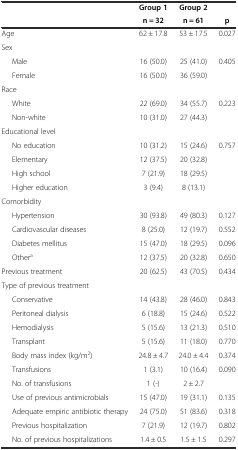
<table><thead><tr><td></td><td><b>Group 1</b></td><td><b>Group 2</b></td><td></td></tr><tr><td></td><td><b>n = 32</b></td><td><b>n = 61</b></td><td><b>p</b></td></tr></thead><tbody><tr><td>Age</td><td>62 ± 17.8</td><td>53 ± 17.5</td><td>0.027</td></tr><tr><td colspan="4">Sex</td></tr><tr><td>Male</td><td>16 (50.0)</td><td>25 (41.0)</td><td>0.405</td></tr><tr><td>Female</td><td>16 (50.0)</td><td>36 (59.0)</td><td></td></tr><tr><td colspan="4">Race</td></tr><tr><td>White</td><td>22 (69.0)</td><td>34 (55.7)</td><td>0.223</td></tr><tr><td>Non-white</td><td>10 (31.0)</td><td>27 (44.3)</td><td></td></tr><tr><td colspan="4">Educational level</td></tr><tr><td>No education</td><td>10 (31.2)</td><td>15 (24.6)</td><td>0.757</td></tr><tr><td>Elementary</td><td>12 (37.5)</td><td>20 (32.8)</td><td></td></tr><tr><td>High school</td><td>7 (21.9)</td><td>18 (29.5)</td><td></td></tr><tr><td>Higher education</td><td>3 (9.4)</td><td>8 (13.1)</td><td></td></tr><tr><td colspan="4">Comorbidity</td></tr><tr><td>Hypertension</td><td>30 (93.8)</td><td>49 (80.3)</td><td>0.127</td></tr><tr><td>Cardiovascular diseases</td><td>8 (25.0)</td><td>12 (19.7)</td><td>0.552</td></tr><tr><td>Diabetes mellitus</td><td>15 (47.0)</td><td>18 (29.5)</td><td>0.096</td></tr><tr><td>Other<sup>a</sup></td><td>12 (37.5)</td><td>20 (32.8)</td><td>0.650</td></tr><tr><td>Previous treatment</td><td>20 (62.5)</td><td>43 (70.5)</td><td>0.434</td></tr><tr><td colspan="4">Type of previous treatment</td></tr><tr><td>Conservative</td><td>14 (43.8)</td><td>28 (46.0)</td><td>0.843</td></tr><tr><td>Peritoneal dialysis</td><td>6 (18.8)</td><td>15 (24.6)</td><td>0.522</td></tr><tr><td>Hemodialysis</td><td>5 (15.6)</td><td>13 (21.3)</td><td>0.510</td></tr><tr><td>Transplant</td><td>5 (15.6)</td><td>11 (18.0)</td><td>0.770</td></tr><tr><td>Body mass index (kg/m<sup>2</sup>)</td><td>24.8 ± 4.7</td><td>24.0 ± 4.4</td><td>0.374</td></tr><tr><td>Transfusions</td><td>1 (3.1)</td><td>10 (16.4)</td><td>0.090</td></tr><tr><td>No. of transfusions</td><td>1 (-)</td><td>2 ± 2.7</td><td></td></tr><tr><td>Use of previous antimicrobials</td><td>15 (47.0)</td><td>19 (31.1)</td><td>0.135</td></tr><tr><td>Adequate empiric antibiotic therapy</td><td>24 (75.0)</td><td>51 (83.6)</td><td>0.318</td></tr><tr><td>Previous hospitalization</td><td>7 (21.9)</td><td>12 (19.7)</td><td>0.802</td></tr><tr><td>No. of previous hospitalizations</td><td>1.4 ± 0.5</td><td>1.5 ± 1.5</td><td>0.297</td></tr></tbody></table>